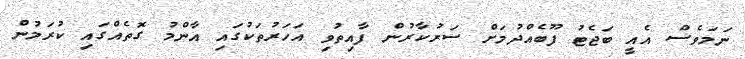
ނަމަވެސް އެއީ ބަޖެޓު ފޫބެއްދުމަށް ސަރުކާރުން ފާއިތުވި އަހަރުތަކުގައި އާންމު ގޮތެއްގައި ކުރަމުން